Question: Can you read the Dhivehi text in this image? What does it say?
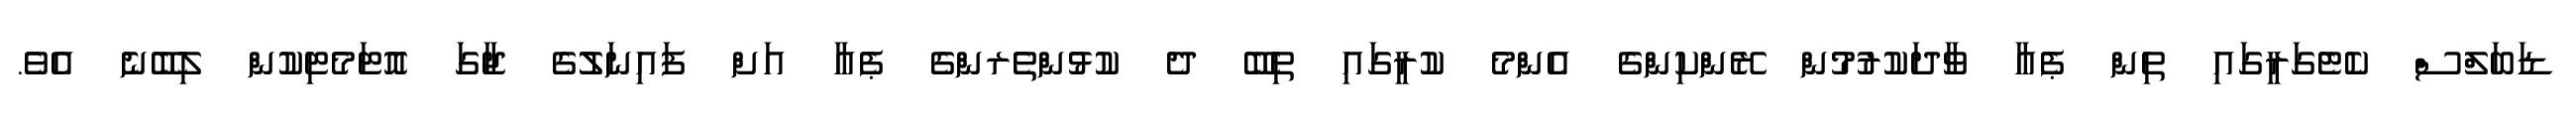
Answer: ޑަބަލްސް ކެޓެގަރީގައި ތިން ޕެއާ ވާދަކުރުމުން ރޭންކިންގެ އެންމެ ކުރީގައި ތިބޭ ދެ ކުޅުންތެރންގެ ޕެއާ އަށް ފައިނަލުގެ ޖާގަ އޮޓަމެޓިކުން ލިބޭނެ އެވެ.